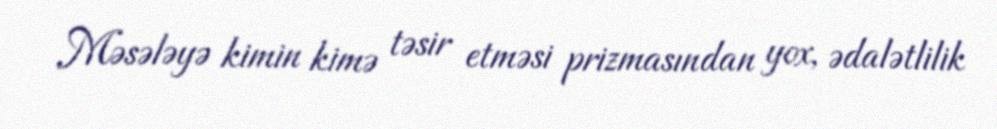
Məsələyə kimin kimə təsir etməsi prizmasından yox, ədalətlilik